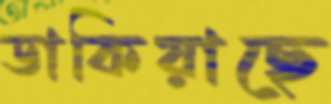
ডাকিয়াছে